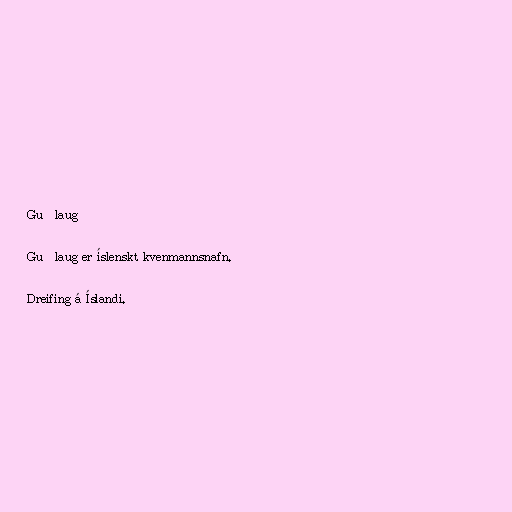
Guðlaug

Guðlaug er íslenskt kvenmannsnafn.

Dreifing á Íslandi.